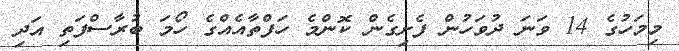
މިމަހުގެ 14 ވަނަ ދުވަހުން ފެށިގެން ކޮންމެ ހަފްތާއެއްގެ ހޯމަ ބުރާސްފަތި އަދި